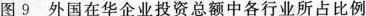
图9外国在华企业投资总额中各行业所占比例